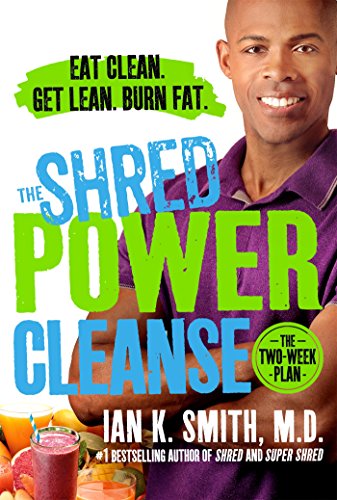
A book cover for The Shred Power Cleanse: Eat Clean. Get Lean. Burn Fat.; Ian K. Smith; Health, Fitness & Dieting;